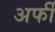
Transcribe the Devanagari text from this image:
अर्फी